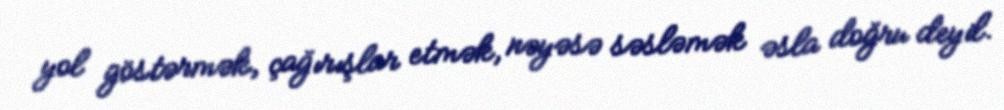
yol göstərmək, çağırışlar etmək, nəyəsə səsləmək əsla doğru deyil.